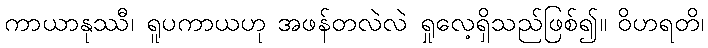
ကာယာနုဿီ၊ ရူပကာယဟု အဖန်တလဲလဲ ရှုလေ့ရှိသည်ဖြစ်၍။ ဝိဟရတိ၊